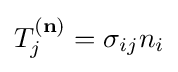
T_{j}^{(\mathbf {n} )}=\sigma _{ij}n_{i}